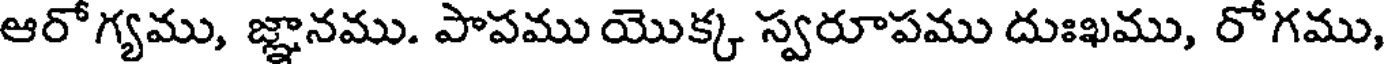
ఆరోగ్యము, జ్ఞానము. పాపము యొక్క స్వరూపము దుఃఖము, రోగము,